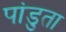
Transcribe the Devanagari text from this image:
पांडुता